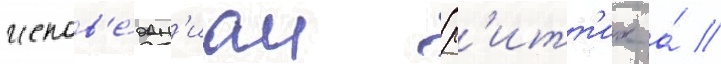
испов'е́дан'иам (р'итт'их а́ //